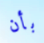
بأن